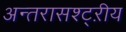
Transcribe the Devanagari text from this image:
अन्तरासश्ट्ऱीय